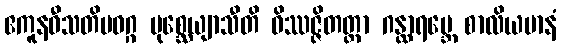
ဧကူနဝီသတိမဝဂ္ဂ ပုစ္ဆေယျာသီတိ ဝိဿဇ္ဇိတတ္တာ ဂန္ထာရမ္ဘေ စာလိယမာနံ